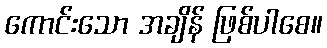
ကောင်းသော အချိန် ဖြစ်ပါစေ။